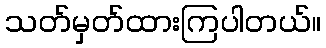
သတ်မှတ်ထားကြပါတယ်။